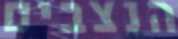
הנצבים